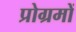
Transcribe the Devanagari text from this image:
प्रोग्रमों